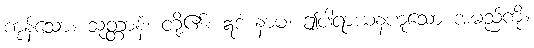
ကုန်သော။ သုတ္တာနံ၊ တို့၏။ ဣဒံ နာမံ၊ ဤပါရာယနဟူသော အမည်ကို။